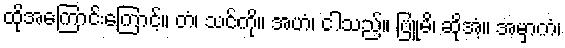
ထိုအကြောင်းကြောင့်။ တံ၊ သင်ကို။ အဟံ၊ ငါသည်။ ဗြူမိ၊ ဆိုအံ့။ အမှာကံ၊